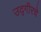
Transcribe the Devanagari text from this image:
उद्गीरचे